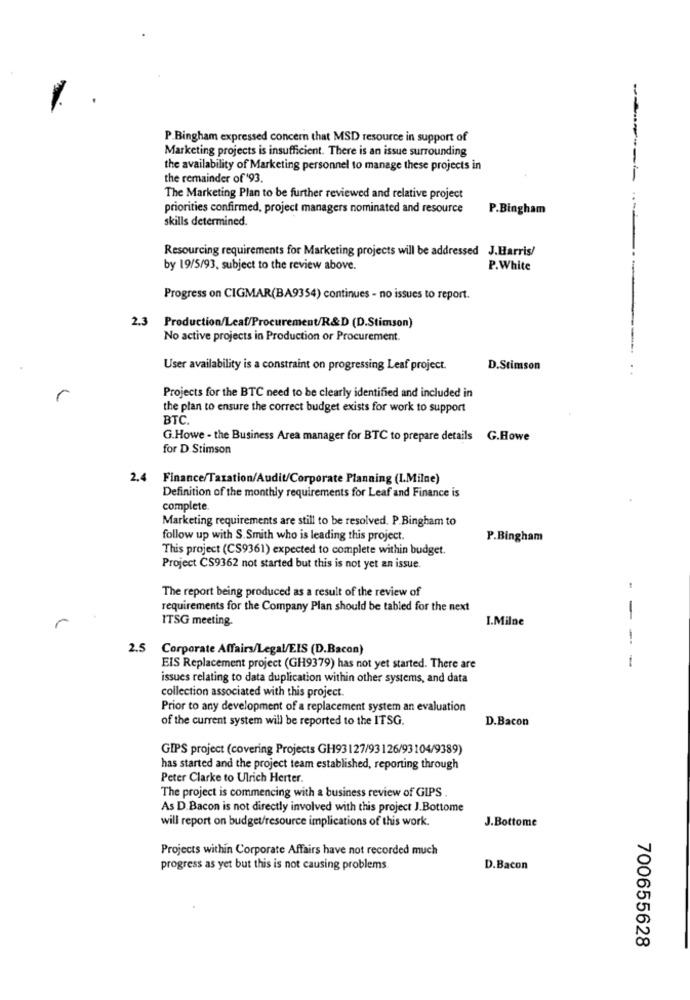
-
P.Bingham expressed concern that MSD resource in support of
Marketing projects is insufficient. There is an issue surrounding
the availability of Marketing personnel to manage these projects in
the remainder of '93.
The Marketing Plan to be further reviewed and relative project
priorities confirmed, project managers nominated and resource
P.Bingham
skills determined.
Resourcing requirements for Marketing projects will be addressed J.Harris/
by 19/5/93, subject to the review above.
P.White
Progress on CIGMAR(BA9354) continues - no issues to report.
2.3 Production/Leaf/Procurement/R&D (D.Stimson)
No active projects in Production or Procurement.
User availability is a constraint on progressing Leaf project.
D.Stimson
r
Projects for the BTC need to be clearly identified and included in
the plan to ensure the correct budget exists for work to support
BTC
G.Howe - the Business Area manager for BTC to prepare details G.Howe
for D.Stimson
2.4 Finance/Taxation/Audit/Corporate Planning (L.Milne)
Definition of the monthly requirements for Leaf and Finance is
complete
Marketing requirements are still to be resolved. P.Bingham to
follow up with S. Smith who is leading this project.
P.Bingham
This project (CS9361) expected to complete within budget.
Project CS9362 not started but this is not yet an issue.
The report being produced as a result of the review of
requirements for the Company Plan should be tabled for the next
ITSG meeting.
I.Milne
-
r
--
2.5
Corporate Affairs/Legal/EIS (D.Bacon)
-
EIS Replacement project (GH9379) has not yet started. There are
issues relating to data duplication within other systems, and data
collection associated with this project.
Prior to any development of a replacement system an evaluation
of the current system will be reported to the ITSG.
D.Bacon
GIPS project (covering Projects GH93127/93126/93104/9389)
has started and the project team established, reporting through
Peter Clarke to Ulrich Herter.
The project is commencing with a business review of GIPS .
As D.Bacon is not directly involved with this project J.Bottome
will report on budget/resource implications of this work.
J.Bottome
Projects within Corporate Affairs have not recorded much
progress as yet but this is not causing problems.
D.Bacon
700655628